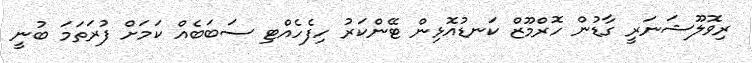
ރިވޮލޫޝަނަރީ ގާޑުން ހޮރްމޫޒް ކަނޑުއޮޅިން ޓޭންކަރު ހިފެހެއްޓި ސަބަބެއް ކަމަށް ފުރަތަމަ ބުނީ